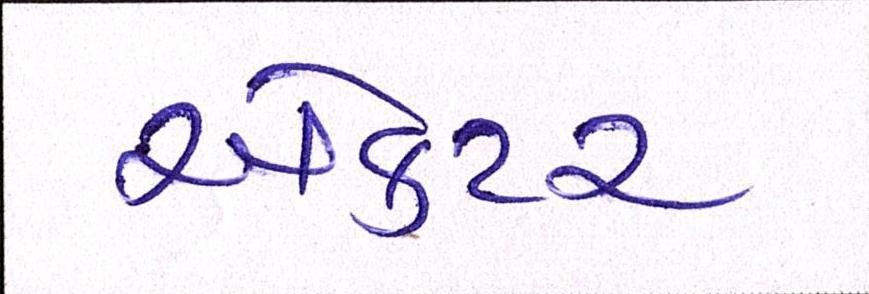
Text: ઍક્ટર